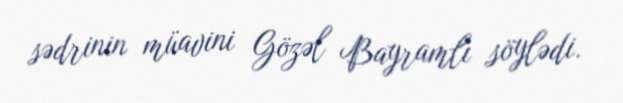
sədrinin müavini Gözəl Bayramlı söylədi.